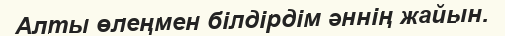
Алты өлеңмен білдірдім әннің жайын.